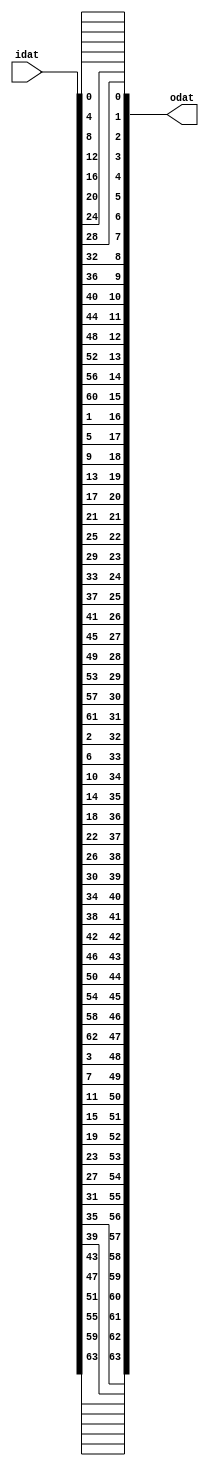
module PRESENT_ENCRYPT_PBOX(
   output [63:0] odat,
   input  [63:0] idat
);

assign odat[0 ] = idat[0 ];
assign odat[16] = idat[1 ];
assign odat[32] = idat[2 ];
assign odat[48] = idat[3 ];
assign odat[1 ] = idat[4 ];
assign odat[17] = idat[5 ];
assign odat[33] = idat[6 ];
assign odat[49] = idat[7 ];
assign odat[2 ] = idat[8 ];
assign odat[18] = idat[9 ];
assign odat[34] = idat[10];
assign odat[50] = idat[11];
assign odat[3 ] = idat[12];
assign odat[19] = idat[13];
assign odat[35] = idat[14];
assign odat[51] = idat[15];

assign odat[4 ] = idat[16];
assign odat[20] = idat[17];
assign odat[36] = idat[18];
assign odat[52] = idat[19];
assign odat[5 ] = idat[20];
assign odat[21] = idat[21];
assign odat[37] = idat[22];
assign odat[53] = idat[23];
assign odat[6 ] = idat[24];
assign odat[22] = idat[25];
assign odat[38] = idat[26];
assign odat[54] = idat[27];
assign odat[7 ] = idat[28];
assign odat[23] = idat[29];
assign odat[39] = idat[30];
assign odat[55] = idat[31];

assign odat[8 ] = idat[32];
assign odat[24] = idat[33];
assign odat[40] = idat[34];
assign odat[56] = idat[35];
assign odat[9 ] = idat[36];
assign odat[25] = idat[37];
assign odat[41] = idat[38];
assign odat[57] = idat[39];
assign odat[10] = idat[40];
assign odat[26] = idat[41];
assign odat[42] = idat[42];
assign odat[58] = idat[43];
assign odat[11] = idat[44];
assign odat[27] = idat[45];
assign odat[43] = idat[46];
assign odat[59] = idat[47];

assign odat[12] = idat[48];
assign odat[28] = idat[49];
assign odat[44] = idat[50];
assign odat[60] = idat[51];
assign odat[13] = idat[52];
assign odat[29] = idat[53];
assign odat[45] = idat[54];
assign odat[61] = idat[55];
assign odat[14] = idat[56];
assign odat[30] = idat[57];
assign odat[46] = idat[58];
assign odat[62] = idat[59];
assign odat[15] = idat[60];
assign odat[31] = idat[61];
assign odat[47] = idat[62];
assign odat[63] = idat[63];

endmodule